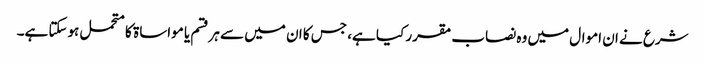
شرع نے ان اموال میں وہ نصاب مقرر کیا ہے، جس کا ان میں سے ہرقسم یا مواساۃ کا متحمل ہوسکتا ہے۔